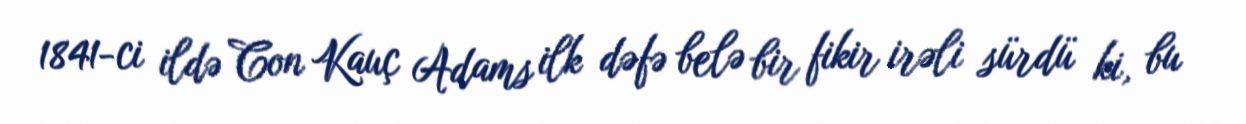
1841-ci ildə Con Kauç Adams ilk dəfə belə bir fikir irəli sürdü ki, bu